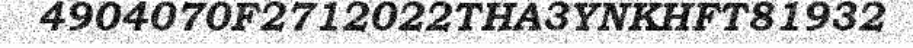
4904070F2712022THA3YNKHFT81932